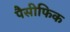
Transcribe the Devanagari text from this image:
पैसीफिक